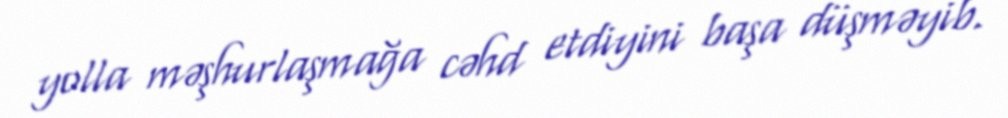
yolla məşhurlaşmağa cəhd etdiyini başa düşməyib.